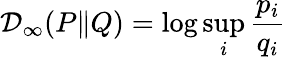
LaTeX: \mathcal{D}_{\infty}(P\| Q)=\log\operatorname*{sup}_{i}{\frac{{p_{i}}}{{q_{i}}}}